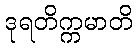
ဒုရတိက္ကမာတိ